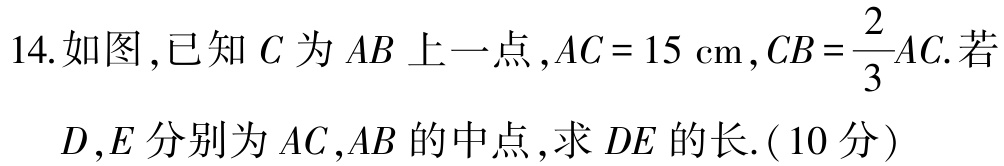
14.如图,已知\(C\)为\(AB\)上一点,\(AC = 15\mathrm{cm}\),\(CB=\frac{2}{3}AC\).若

\(D,E\)分别为\(AC,AB\)的中点,求\(DE\)的长.(10分)